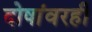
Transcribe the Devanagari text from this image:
दोषांवरही